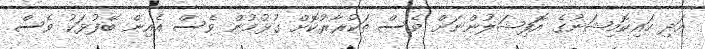
އަދި ހައިކޮމިޝަނުގެ އޮފިޝަލުންނަށް ވެސް ތަކުރާރުކޮށް ގުޅުމުން ވެސް އެއިން ބޭފުޅަކު ވެސް